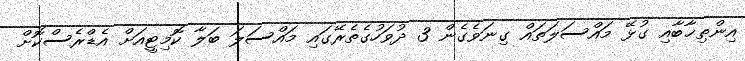
އިންތިޚާބާއި ގުޅޭ މައްސަލަތައް ގިނަވެގެން 3 ދުވަހުގެތެރޭގައި މައްސަލަ ބަލާ ކޮމިޓީއަށް އެޑްރެސްކޮށް